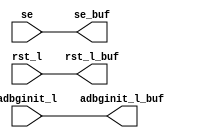
module ccx_global_int_buf(/*AUTOARG*/
   // Outputs
   rst_l_buf, se_buf, adbginit_l_buf, 
   // Inputs
   rst_l, se, adbginit_l
   );
   output          rst_l_buf ;
   output          se_buf ;
   output          adbginit_l_buf ;
   

   input 	   rst_l ;	
   input          se ;
   input          adbginit_l ;

   
   assign               rst_l_buf    =  rst_l;
   assign               se_buf    =  se;
   assign               adbginit_l_buf  =  adbginit_l ;


endmodule